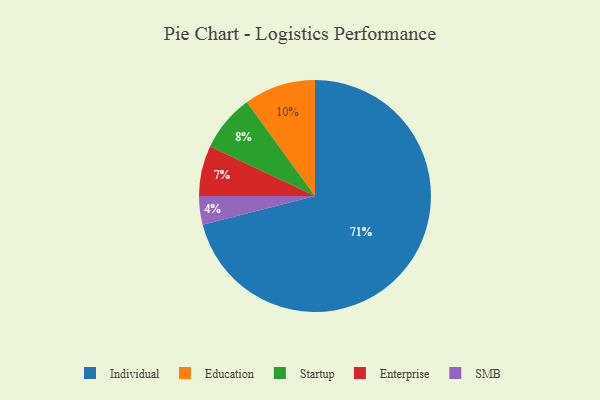
{"axis": {"x": "Category", "y": "Percentage"}, "legend": ["Education", "Enterprise", "Individual", "SMB", "Startup"], "data": [{"x": "Education", "y": 10, "type": "Education"}, {"x": "SMB", "y": 4, "type": "SMB"}, {"x": "Enterprise", "y": 7, "type": "Enterprise"}, {"x": "Startup", "y": 8, "type": "Startup"}, {"x": "Individual", "y": 71, "type": "Individual"}]}